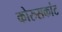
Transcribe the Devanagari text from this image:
कोरुसकांट